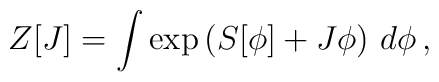
Z[J] = \int\exp\left(S[\phi]+J\phi\right)\,d\phi \,,